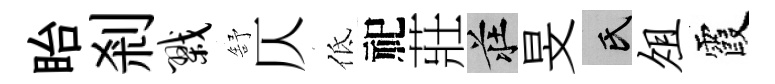
眙剎戮舒仄低祀莊莊旻氏俎霞